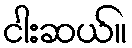
ငါးဆယ်။